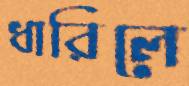
ধারিলে